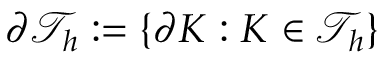
\partial \mathcal { T } _ { h } : = \{ \partial K : K \in \mathcal { T } _ { h } \}